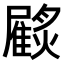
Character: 𩀲